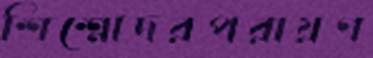
শিশ্নোদরপরায়ণ